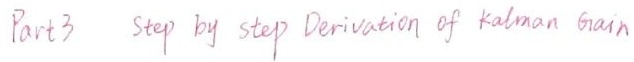
Part 3  step by step Derivation of Kalman Gain